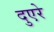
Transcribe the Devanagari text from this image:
दुएरे